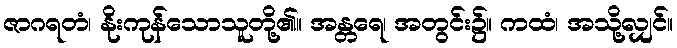
ဇာဂရတံ၊ နိုးကုန်သောသူတို့၏။ အန္တရေ၊ အတွင်း၌။ ကထံ၊ အသို့လျှင်။